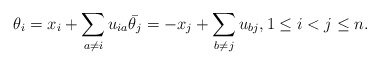
\begin{gather*}\theta_i=x_i+\sum_{a \not= i} u_{ia} {\bar {\theta_j}}= -x_j+\sum_{b \not= j} u_{bj}, 1\le i < j \le n.\end{gather*}